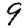
Digit: 9